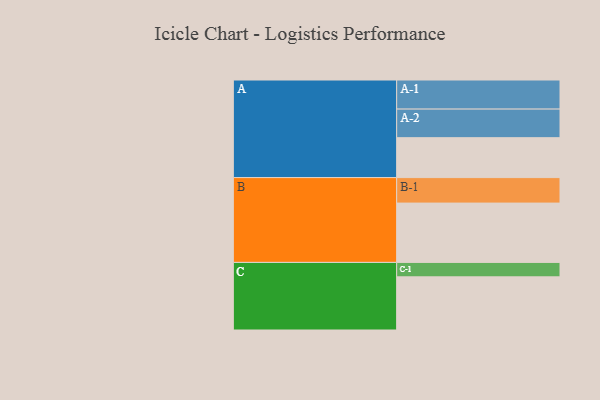
{"axis": {"x": "Segment", "y": "Value"}, "legend": ["", "A", "B", "C"], "data": [{"x": "A", "y": 343, "type": ""}, {"x": "B", "y": 510, "type": ""}, {"x": "C", "y": 457, "type": ""}, {"x": "A-1", "y": 250, "type": "A"}, {"x": "A-2", "y": 246, "type": "A"}, {"x": "B-1", "y": 219, "type": "B"}, {"x": "C-1", "y": 124, "type": "C"}]}